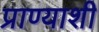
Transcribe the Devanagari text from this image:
प्राण्याशी